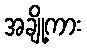
အချို့ကား